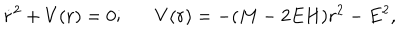
\dot { r } ^ { 2 } + V ( r ) = 0 ; V ( r ) = - ( M - 2 E H ) r ^ { 2 } - E ^ { 2 } ,